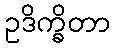
ဥဒိက္ခိတာ